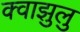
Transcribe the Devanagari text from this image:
क्वाझुलु